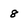
Character: 8